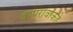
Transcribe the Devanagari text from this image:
बापूरावांकडे